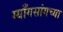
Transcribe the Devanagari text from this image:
ग्याँगसांगच्या